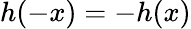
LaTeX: h(-x)=-h(x)